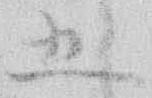
五